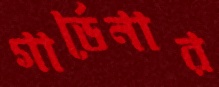
গার্ডেনার